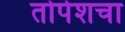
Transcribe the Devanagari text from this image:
तोपेशचा